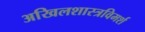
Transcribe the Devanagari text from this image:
अखिलशास्त्रविमर्श